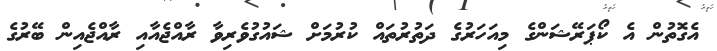
އެގޮތުން އެ ކޯޕަރޭޝަންގެ މިއަހަރުގެ ދަތުރުތައް ކުރުމަށް ޝައުގުވެރިވާ ރާއްޖެއާއި ރާއްޖެއިން ބޭރުގެ